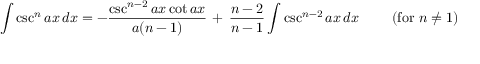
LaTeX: \int \csc ^ { n } { a x } \, d x = - { \frac { \csc ^ { n - 2 } { a x } \cot { a x } } { a ( n - 1 ) } } \, + \, { \frac { n - 2 } { n - 1 } } \int \csc ^ { n - 2 } { a x } \, d x \qquad { \mathrm { ~ ( f o r ~ } } n \neq 1 { \mathrm { ) } }